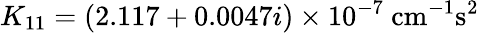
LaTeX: K_{11}=(2.117+0.0047i)\times 10^{-7}~\mathrm{cm^{-1}s^{2}}